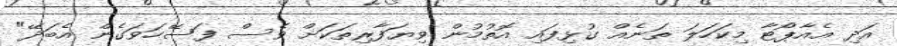
އަދި އެއާޕޯޓާ މިކަހަލަ ތަނެއް ގުޅިފައި އޮތުމުން ވިޔަފާރިތަކަށް ވެސް ފަސޭހަވަގެން އެބަދޭ"